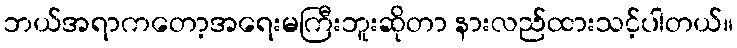
ဘယ်အရာကတော့အရေးမကြီးဘူးဆိုတာ နားလည်ထားသင့်ပါတယ်။